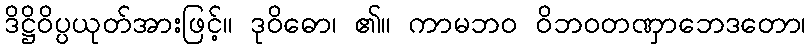
ဒိဋ္ဌိဝိပ္ပယုတ်အားဖြင့်။ ဒုဝိဓော၊ ၏။ ကာမဘဝ ဝိဘဝတဏှာဘေဒတော၊